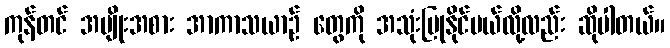
ကုန်တင် အမျိုးအစား အာကာသယာဉ် တွေကို အသုံးပြုနိုင်မယ်လို့လည်း ဆိုပါတယ်။